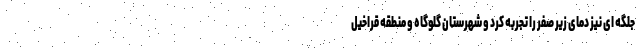
جلگه ای نیز دمای زیر صفر را تجربه کرد و شهرستان گلوگاه و منطقه قراخیل